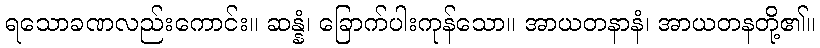
ရသောခဏလည်းကောင်း။ ဆန္နံ၊ ခြောက်ပါးကုန်သော။ အာယတနာနံ၊ အာယတနတို့၏။